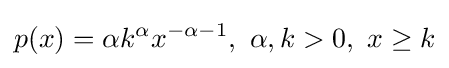
p(x)=\alpha k^{\alpha }x^{-\alpha -1},\ \alpha ,k>0,\ x\geq k